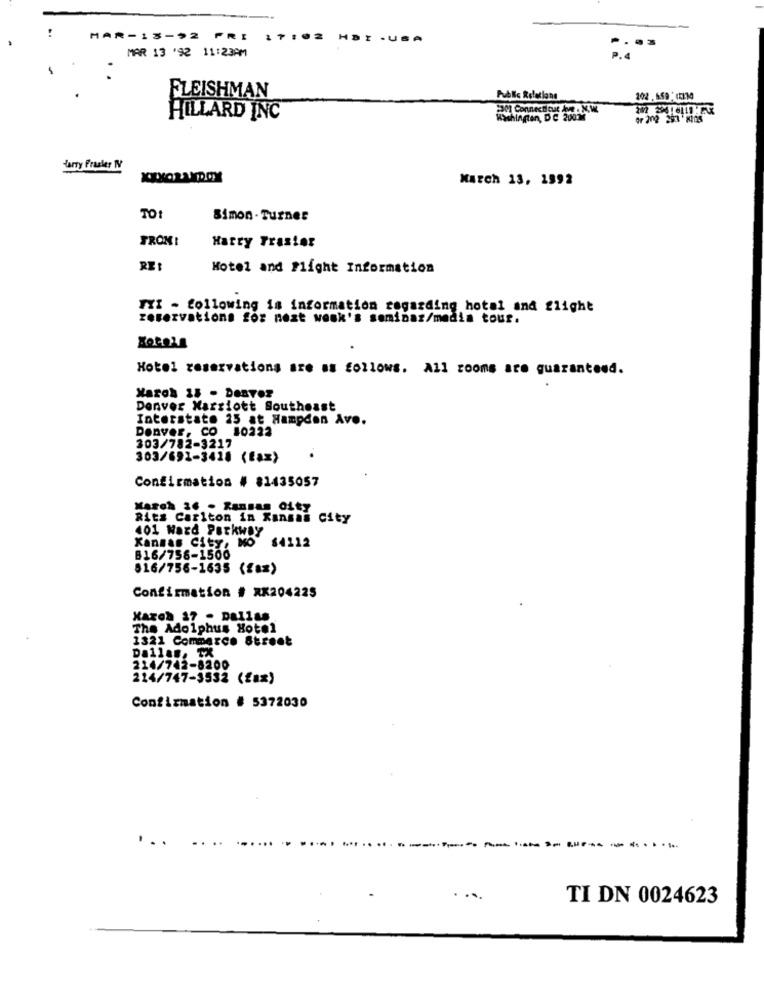
..
MAR-13-92 FRI
17:02
HDI - USA
MAR 13 '92 11:23PM
FLEISHMAN
Public Relations
2201 Connecticut Ave . N.W.
HILLARD INC
Washington, DC 2001
Larry Frasier NY
XXXORANDOY
March 13, 1992
TO!
Simon . Turner
FROM:
Harry Frasier
RES
Hotel and Flight Information
FYI - following is information regarding hotel and flight
reservations for next week's seminar/media tour.
Hotel reservations are as follows. All rooms are guaranteed.
March 15 - Denver
Denver Marriott Southeast
Interstate 25 at Hampden Av ..
Denver, Co 10222
303/782-3217
303/691-3418 (fax)
Confirmation # 81435057
March 36 - Kansas City
Ritz Carlton in Kansas City
401 Nard Parkway
Kansas City, MO $4112
816/756-1500
516/756-1635 ({az)
Confirmation # RX204225
Karon 17 - Dallas
The Adolphus Hotel
1321 Commerce Street
Dallas, TX
214/742-8200
214/747-3532 (fax)
Confirmation # 5372030
. ..
.---------
TI DN 0024623